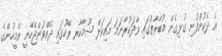
އެ ދެކުންފުނި ގުޅިގެން މުބާރާތުގައި ވާދަކުރާނަމަ މައިކަލް ޝޫމާކާރ ރޭހުގައި ދުއްވަންޖެހޭނީ އެމީހުންގެ